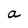
Character: a